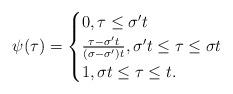
LaTeX: \begin{align*}\psi(\tau)=\begin{cases} 0, \tau \leq \sigma' t\\ \frac{\tau-\sigma' t}{(\sigma-\sigma')t}, \sigma' t\leq \tau\leq \sigma t\\ 1, \sigma t\leq \tau\leq t.\end{cases}\end{align*}